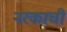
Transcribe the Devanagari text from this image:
नरकाची